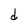
Character: d